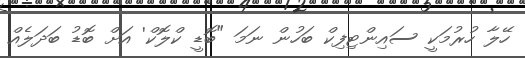
ހޭލާ ހުރުމަކީ ސައިންޓިފިކް ބަހުން ނަމަ "ބޮޑީ ކްލޮކް' އަށް ބޮޑު ބަދަލެއް